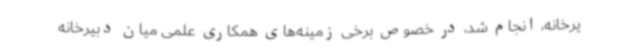
یرخانه، انجام شد، در خصوص برخی زمینه‌های همکاری علمی میان دبیرخانه